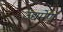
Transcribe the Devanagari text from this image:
उद्यमेण